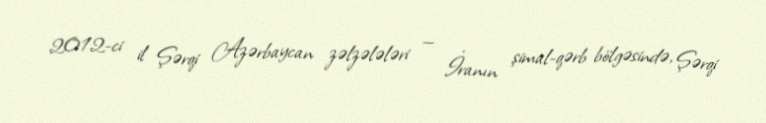
2012-ci il Şərqi Azərbaycan zəlzələləri — İranın şimal-qərb bölgəsində, Şərqi